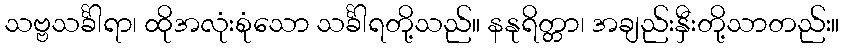
သဗ္ဗသင်္ခါရာ၊ ထိုအလုံးစုံသော သင်္ခါရတို့သည်။ နနုရိတ္တာ၊ အချည်းနှီးတို့သာတည်း။